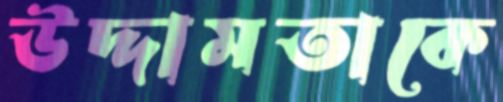
উদ্দামতাকে